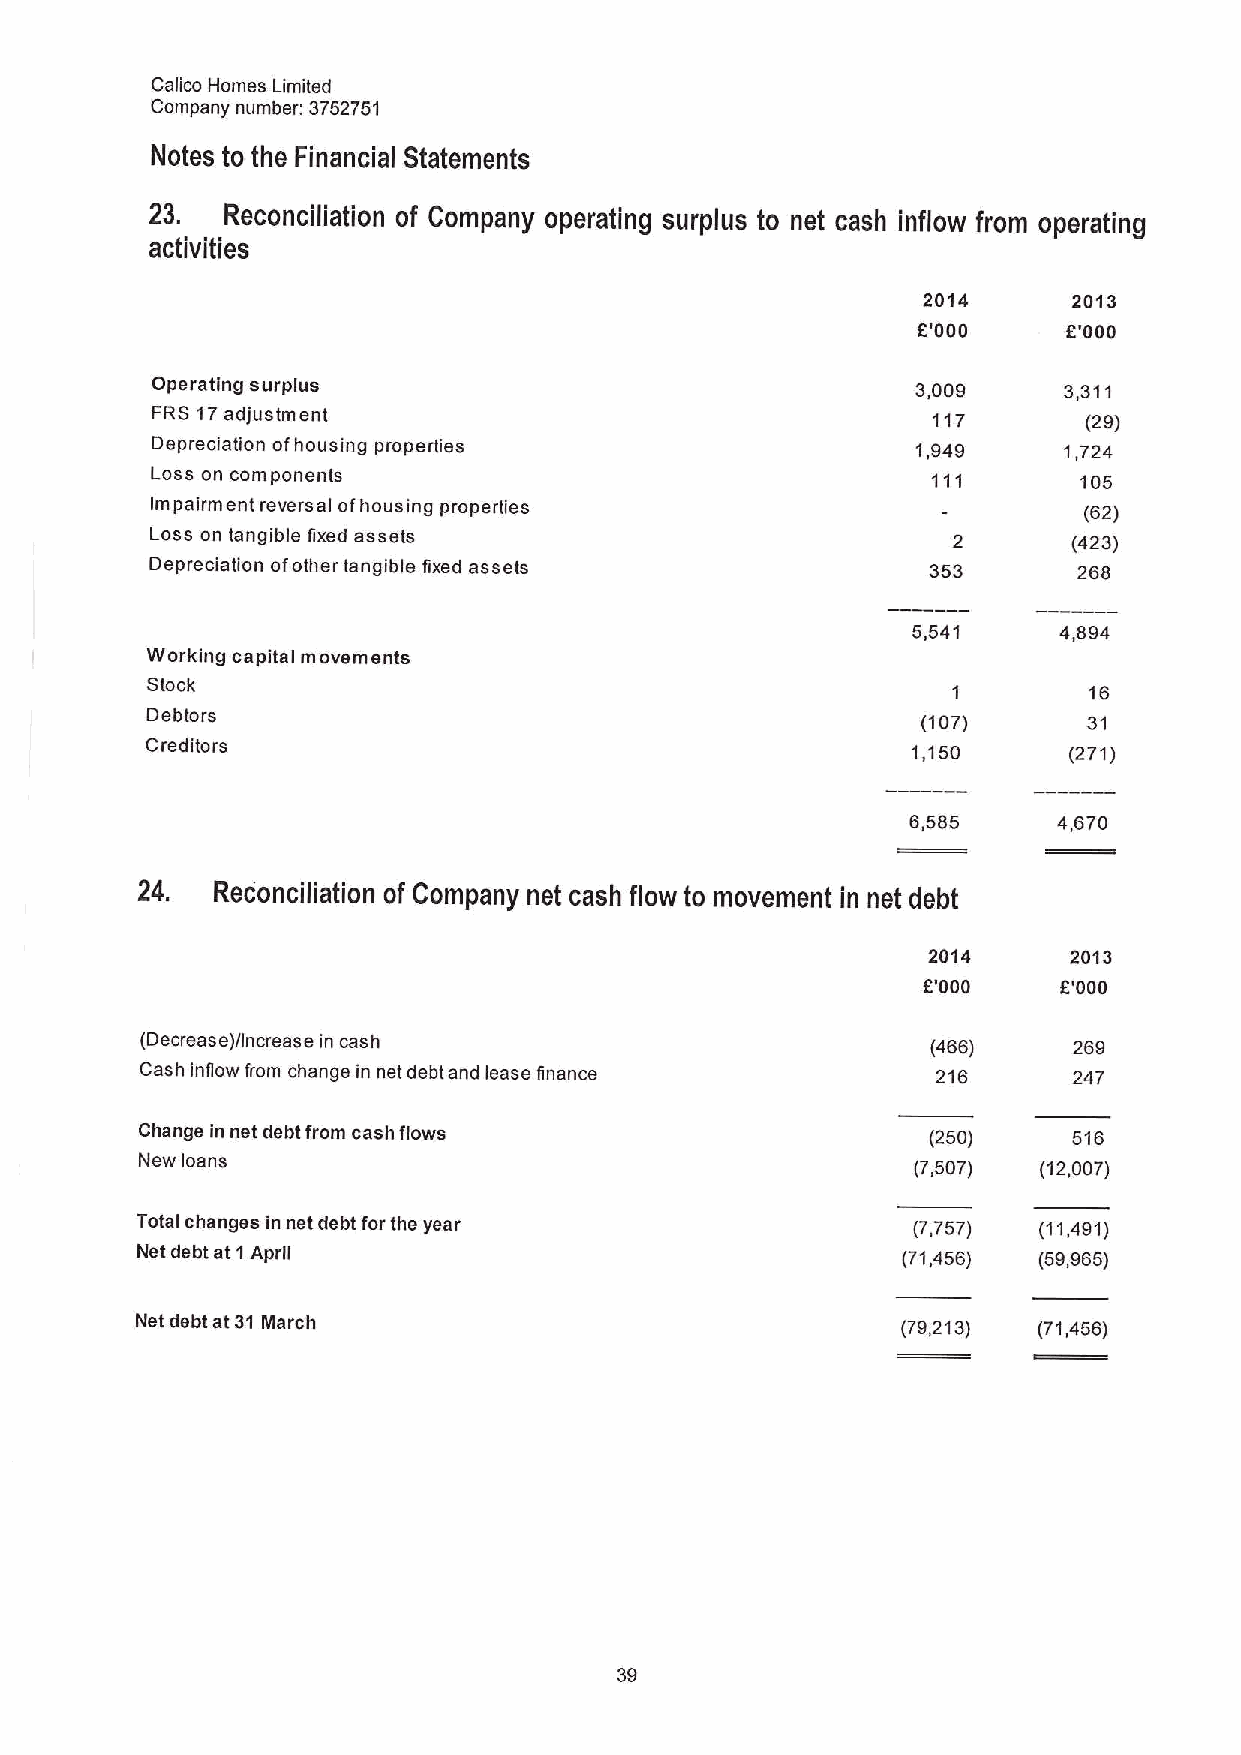
Calico Homes Limited
 Company number: 3752751
 Notes to the Financial Statements
 23.  Reconciliation of Company operating surplus to net cash inflow from operating
 activities
 2014      2013
 f'000     f'000
 Operating surplus                                  3,009    3,311
 FRS 17adjustment                                    117       (29)
 Depreciation ofhousing properties                  1,949    1,724
 Loss on components                                  111       105
 Impairment reversal ofhousing properties                      (62)
 Loss on tangible fixed assets                        2       (423)
 Depreciation ofother tangible fixed assets         353       268
 5,541     4,894
 Working capital movements
 Stock
 1        16
 Debtors
 (107)      31
 Creditors                                         1,150      (271)
 6,585     4,670
 24.  Reconciliation of Company net cash flow to movement in net debt
 2014      2013
 f'000    f'000
 (Decrease)/Increase in cash                          (466)    269
 Cash inflow born change in net debt and lease linance 216     247
 Change in net debt from cash flows                   (250)    516
 New loans                                           (7,507) (12,007)
 Total changes in net debt forthe year              (7,757)  (11,491)
 Net debt at 1April                                 (71,456) (59,965)
 Net debt at 31 March                               (79,213) (71,456)
 39